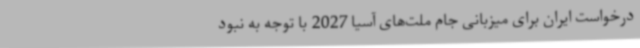
درخواست ایران برای میزبانی جام ملت‌های آسیا 2027 با توجه به نبود